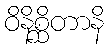
ဝိနိစ္ဆိတာနိ